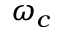
\omega _ { c }